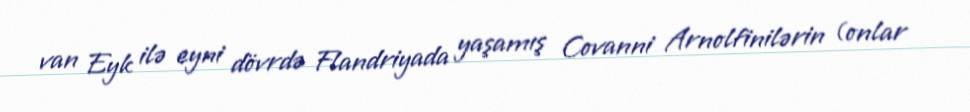
van Eyk ilə eyni dövrdə Flandriyada yaşamış Covanni Arnolfinilərin (onlar